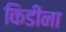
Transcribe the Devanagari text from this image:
किडींना